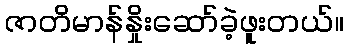
ဇာတိမာန်နှိုးဆော်ခဲ့ဖူးတယ်။